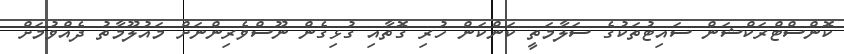
ކޮންސްޓްރަކްޝަން ސައިޓުތަކުގެ ސަލާމަތީ ކަންކަން ހުރި ގޮތާއި ގުޅިގެން ނޫސްވެރިންނަށް މައުލޫމާތު ދެއްވުމަށް